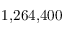
1 { , } 2 6 4 { , } 4 0 0